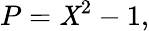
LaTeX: P=\mathit{X}^{2}-1,